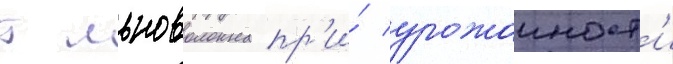
т льноволокна пр'и́ урожаиност'и